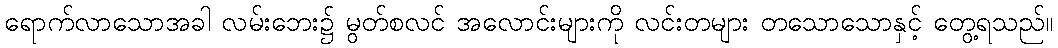
ရောက်လာသောအခါ လမ်းဘေး၌ မွတ်စလင် အလောင်းများကို လင်းတများ တသောသောနှင့် တွေ့ရသည်။